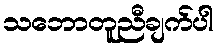
သဘောတူညီချက်ပါ